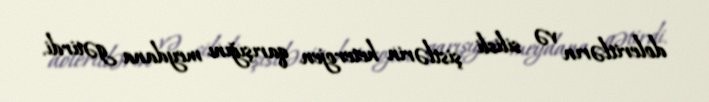
doleritlərın və silisli şistlərin heterojen qarışığını meydana gətirdi.